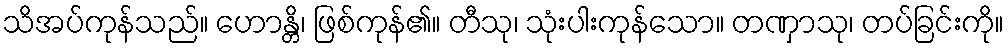
သိအပ်ကုန်သည်။ ဟောန္တိ၊ ဖြစ်ကုန်၏။ တီသု၊ သုံးပါးကုန်သော။ တဏှာသု၊ တပ်ခြင်းကို။